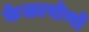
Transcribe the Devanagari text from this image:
केळापोणो